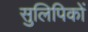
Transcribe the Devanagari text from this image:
सुलिपिकों